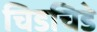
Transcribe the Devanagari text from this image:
चिडचिडे